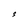
Character: S